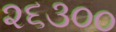
૨૬૩૦૦